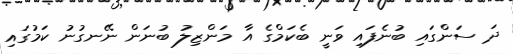
ދަ ސަންގައި ބުނެފައި ވަނީ ބެކަމްގެ އާ މަންޒިލު ބުނަން ނޭނގުނު ކަމުގައި